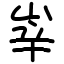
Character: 峷